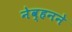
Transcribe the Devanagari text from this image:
नेव्हनने